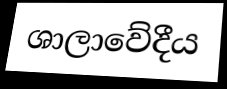
ශාලාවේදීය